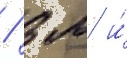
/ 3 м и́